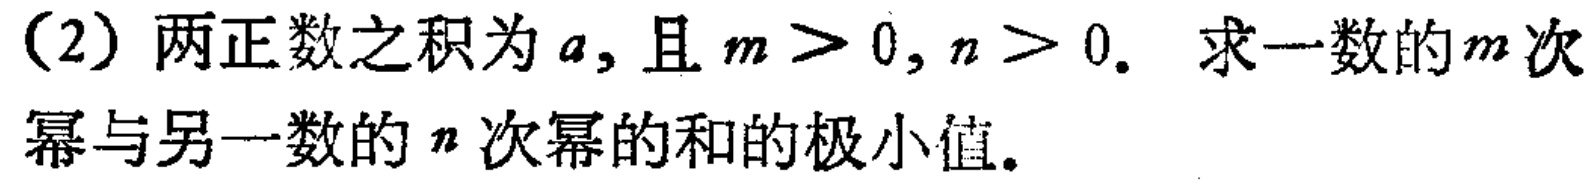
(2) 两正数之积为\(a\)，且\(m > 0,n > 0\). 求一数的\(m\)次幂与另一数的\(n\)次幂的和的极小值。